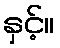
နှင့်။